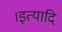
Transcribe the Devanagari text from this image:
।इत्यादि